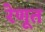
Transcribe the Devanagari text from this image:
रेणूत